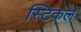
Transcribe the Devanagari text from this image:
स्टिकल